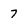
Character: 7